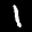
Label: 1